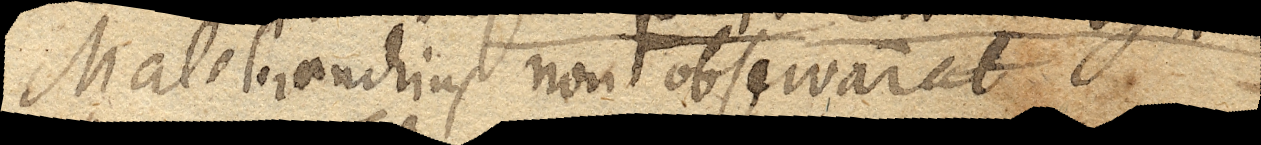
Id Malebranchius non observarat.